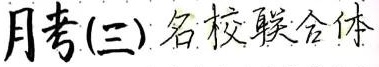
月考(三) 名校联合体